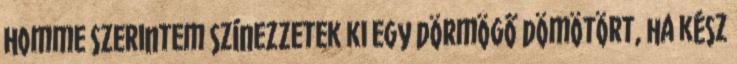
Homme Szerintem színezzetek ki egy dörmögő dömötört, ha kész